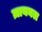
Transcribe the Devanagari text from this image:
ज़ायनल